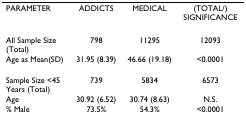
<table><thead><tr><td><b>PARAMETER</b></td><td><b>ADDICTS</b></td><td><b>MEDICAL</b></td><td><b>(TOTAL/) SIGNIFICANCE</b></td></tr></thead><tbody><tr><td>All Sample Size (Total)</td><td>798</td><td>11295</td><td>12093</td></tr><tr><td>Age as Mean(SD)</td><td>31.95 (8.39)</td><td>46.66 (19.18)</td><td>&lt;0.0001</td></tr><tr><td>Sample Size &lt;45 Years (Total)</td><td>739</td><td>5834</td><td>6573</td></tr><tr><td>Age</td><td>30.92 (6.52)</td><td>30.74 (8.63)</td><td>N.S.</td></tr><tr><td>% Male</td><td>73.5%</td><td>54.3%</td><td>&lt;0.0001</td></tr></tbody></table>